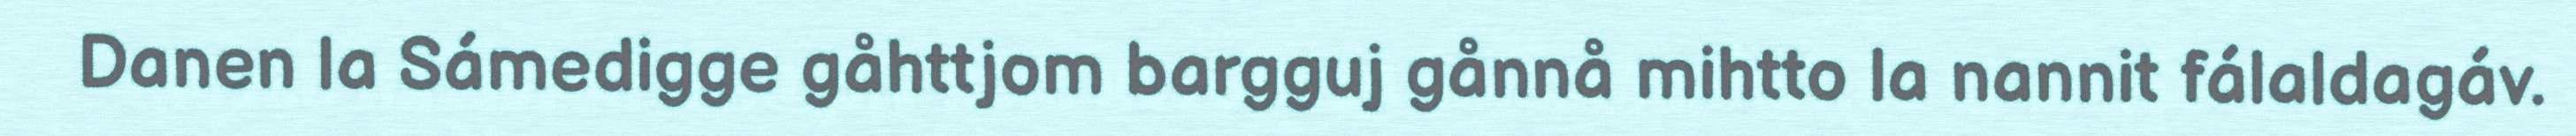
Danen la Sámedigge gåhttjom bargguj gånnå mihtto la nannit fálaldagáv.